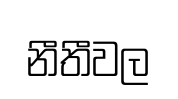
නීතීවල